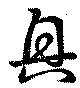
興